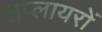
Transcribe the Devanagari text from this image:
सप्लायरों